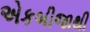
એકબીજાથી